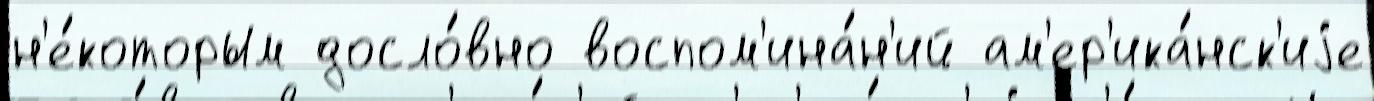
н'е́которым досло́вно воспом'ина́н'ий ам'ер'ика́нск'иjе